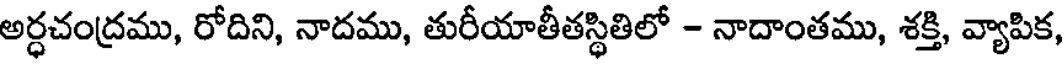
అర్ధచంద్రము, రోదిని, నాదము, తురీయాతీతస్థితిలో - నాదాంతము, శక్తి, వ్యాపిక,